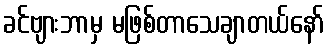
ခင်ဗျားဘာမှ မဖြစ်တာသေချာတယ်နော်